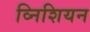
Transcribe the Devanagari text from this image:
व्निशियन